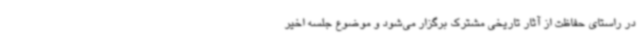
در راستای حفاظت از آثار تاریخی مشترک برگزار می‌شود و موضوع جلسه اخیر